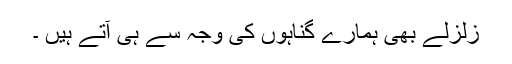
زلزلے بھی ہمارے گناہوں کی وجہ سے ہی آتے ہیں ۔